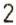
2